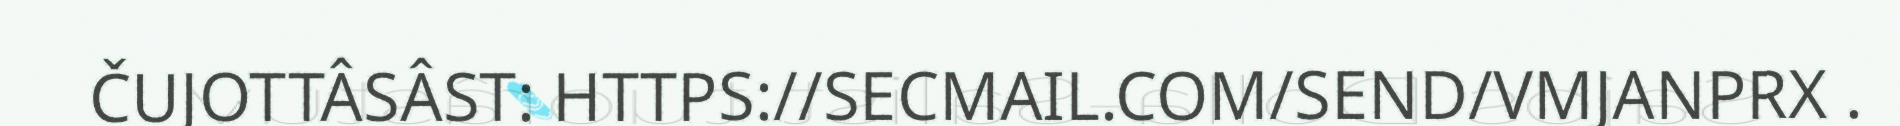
ČUJOTTÂSÂST: HTTPS://SECMAIL.COM/SEND/VMJANPRX .